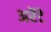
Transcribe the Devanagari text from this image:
अरेंटे